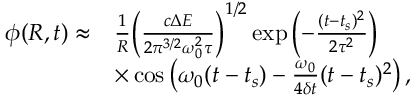
\begin{array} { r l } { \phi ( R , t ) \approx } & { \frac { 1 } { R } { \left( \frac { c \Delta E } { 2 \pi ^ { 3 / 2 } \omega _ { 0 } ^ { 2 } \tau } \right) } ^ { 1 / 2 } \exp { \left( - \frac { ( t - t _ { s } ) ^ { 2 } } { 2 \tau ^ { 2 } } \right) } } \\ & { \times \cos { \left( \omega _ { 0 } ( t - t _ { s } ) - \frac { \omega _ { 0 } } { 4 \delta t } ( t - t _ { s } ) ^ { 2 } \right) } \, , } \end{array}